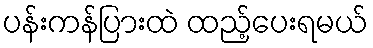
ပန်းကန်ပြားထဲ ထည့်ပေးရမယ်